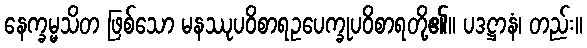
နေက္ခမ္မသိတ ဖြစ်သော မနဿုပဝိစာရဥပေက္ခုပဝိစာရတို့၏။ ပဒဋ္ဌာနံ၊ တည်း။